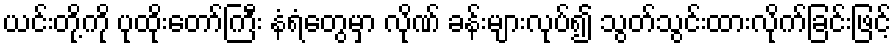
ယင်းတို့ကို ပုထိုးတော်ကြီး နံရံတွေမှာ လိုဏ် ခန်းများလုပ်၍ သွတ်သွင်းထားလိုက်ခြင်းဖြင့်